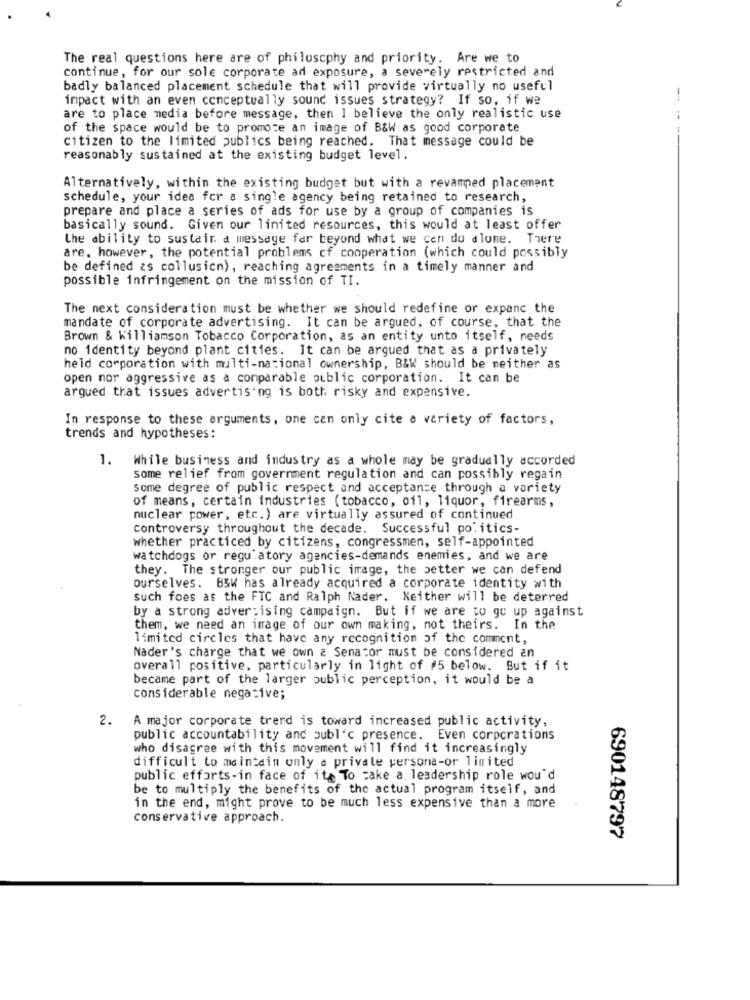
The real questions here are of philosophy and priority. Are we to
continue, for our sole corporate ad exposure, a severely restricted and
badly balanced placement schedule that will provide virtually no useful
impact with an even conceptually sound issues strategy? If so, if we
are to place media before message, then I believe the only realistic use
of the space would be to promote an image of B&W as good corporate
citizen to the limited publics being reached. That message could be
reasonably sustained at the existing budget level.
Alternatively, within the existing budget but with a revamped placement
schedule, your idea for a single agency being retained to research,
prepare and place a series of ads for use by a group of companies is
basically sound. Given our limited resources, this would at least offer
the ability to sustair a message far beyond what we cen do dlome. There
are, however, the potential problems cf cooperation (which could possibly
be defined as collusicn), reaching agreements in a timely manner and
possible infringement on the mission of TI.
The next consideration must be whether we should redefine or expanc the
mandate of corporate advertising. It can be argued, of course, that the
Brown & Williamson Tobacco Corporation, as an entity unto itself, needs
no identity beyond plant cities. It can be argued that as a privately
held corporation with multi-nacional ownership, B&W should be meither as
open nor aggressive as a comparable oublic corporation. It can be
argued that issues advertising is both risky and expensive.
In response to these arguments, one can only cite a variety of factors,
trends and hypotheses:
1. While business and industry as a whole may be gradually accorded
some relief from government regulation and can possibly regain
some degree of public respect and acceptance through a variety
of means, certain industries (tobacco, oil, liquor, firearms,
nuclear power, etc.) are virtually assured of continued
controversy throughout the decade. Successful politics-
whether practiced by citizens, congressmen, self-appointed
watchdogs or regulatory agencies-demands enemies, and we are
they. The stronger our public image, the better we can defend
ourselves. B&W has already acquired a corporate identity with
such foes as the FTC and Ralph Nader. Keither will be deterred
by a strong advertising campaign. But if we are to go up against
them, we need an image of our own making, not theirs. In the
limited circles that have any recognition of the comment,
Nader's charge that we own a Senator must be considered an
overall positive, particularly in light of #5 below. But if it
became part of the larger public perception, it would be a
considerable negative;
2.
A major corporate trend is toward increased public activity,
public accountability and public presence. Even corporations
who disagree with this movement will find it increasingly
difficult to maintain only a privale persona-or limited
public efforts-in face of its To make a leadership role would
be to multiply the benefits of the actual program itself, and
in the end, might prove to be much less expensive than a more
conservative approach.
690148797